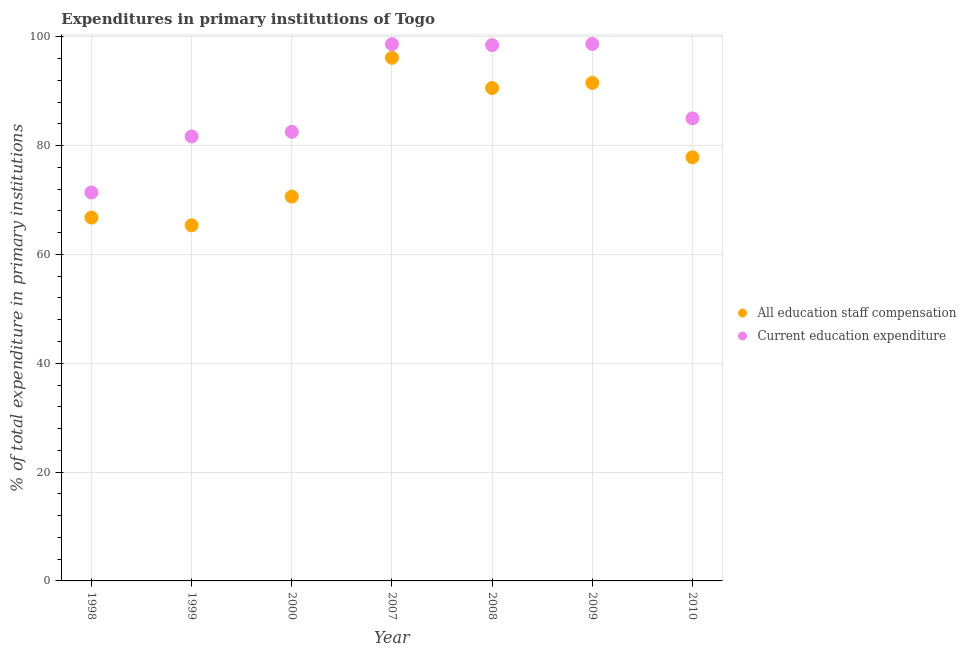
| Year | All education staff compensation | Current education expenditure |
 | --- | --- | --- |
 | 1998 | 66.8 | 71.4 |
 | 1999 | 65.3 | 81.7 |
 | 2000 | 70.6 | 82.5 |
 | 2007 | 96.1 | 98.6 |
 | 2008 | 90.6 | 98.5 |
 | 2009 | 91.5 | 98.7 |
 | 2010 | 77.8 | 85 |